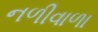
નળીવાળા